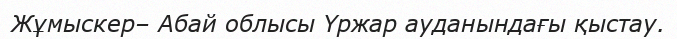
Жұмыскер– Абай облысы Үржар ауданындағы қыстау.